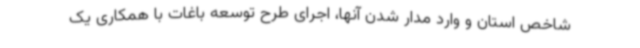
شاخص استان و وارد مدار شدن آنها، اجرای طرح توسعه باغات با همکاری یک